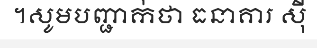
។សូមបញ្ជាក់ថា ធនាគារ ស៊ី